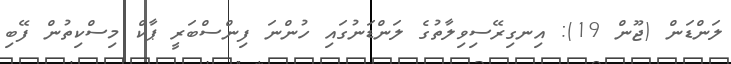
ލަންޑަން (ޖޫން 19): އިނގިރޭސިވިލާތުގެ ލަންޑަނުގައި ހުންނަ ފިންސްބަރީ ޕާކް މިސްކިތުން ފޭބި